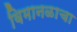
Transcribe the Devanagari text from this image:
विमानळाचा